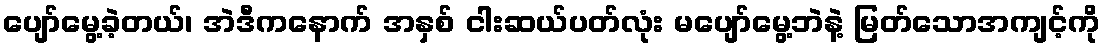
ပျော်မွေ့ခဲ့တယ်၊ အဲဒီကနောက် အနှစ် ငါးဆယ်ပတ်လုံး မပျော်မွေ့ဘဲနဲ့ မြတ်သောအကျင့်ကို